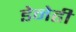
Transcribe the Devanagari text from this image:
डेनेही